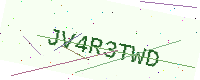
Text: JV4R3TWD